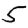
Digit: 5